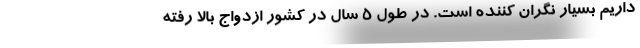
داریم بسیار نگران کننده است. در طول ۵ سال در کشور ازدواج بالا رفته